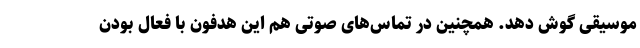
موسیقی گوش دهد. همچنین در تماس‌های صوتی هم این هدفون با فعال بودن